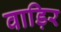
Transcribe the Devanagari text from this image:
वाड़िर